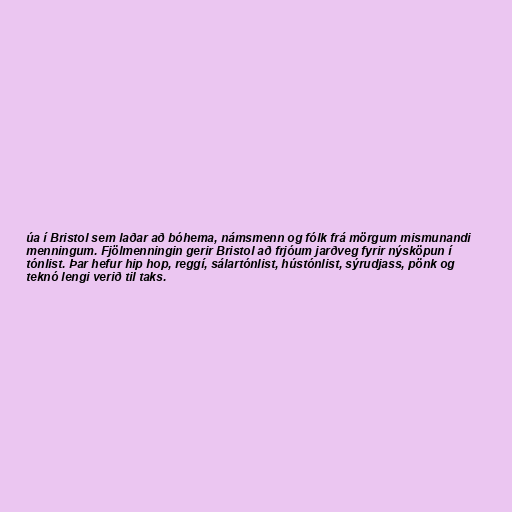
úa í Bristol sem laðar að bóhema, námsmenn og fólk frá mörgum mismunandi
menningum. Fjölmenningin gerir Bristol að frjóum jarðveg fyrir nýsköpun í
tónlist. Þar hefur hip hop, reggí, sálartónlist, hústónlist, sýrudjass, pönk og
teknó lengi verið til taks.